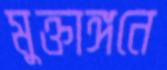
মুক্তাঙ্গনে